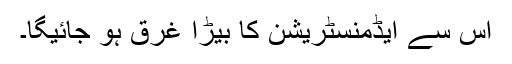
اس سے ایڈمنسٹریشن کا بیڑا غرق ہو جائیگا۔